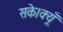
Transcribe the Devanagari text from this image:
सके।क्यूँ